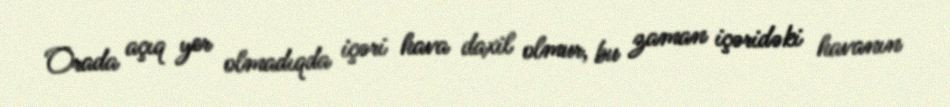
Orada açıq yer olmadıqda içəri hava daxil olmur, bu zaman içəridəki havanın